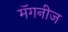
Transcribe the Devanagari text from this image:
मॅगनीज